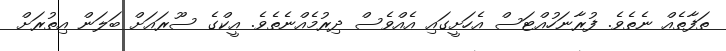
ތަފާތެއް ނެތެވެ. ފުރާނަހުއްޓަސް އެހަށީގައި އެއްވެސް ދިރުމެއްނެތެވެ. އީކްގެ ސޫރައަށް ބަލަން އިތުރަށް